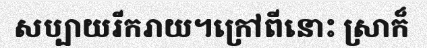
សប្បាយរីករាយ។ក្រៅពីនោះ ស្រាក៏